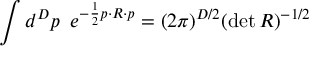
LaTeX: \int d ^ { D } p \, \, \, e ^ { - \frac { 1 } { 2 } p \cdot R \cdot p } = ( 2 \pi ) ^ { D / 2 } ( \operatorname * { d e t } R ) ^ { - 1 / 2 }